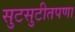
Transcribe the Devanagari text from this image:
सुटसुटीतपणा